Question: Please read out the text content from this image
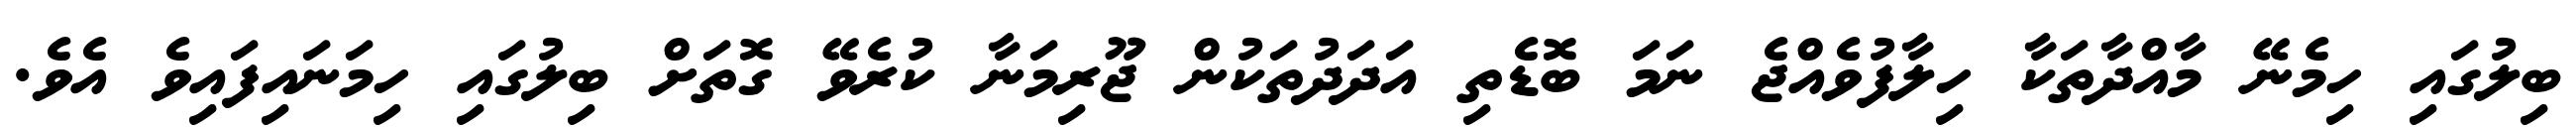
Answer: ބިލުގައި ހިމެނޭ މާއްދާތަކާ ހިލާފުވެއްޖެ ނަމަ ބޮޑެތި އަދަދުތަކުން ޖޫރިމަނާ ކުރެވޭ ގޮތަށް ބިލުގައި ހިމަނައިފައިވެ އެވެ.